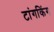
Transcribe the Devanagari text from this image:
टांगकिंग